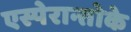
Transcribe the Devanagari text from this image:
एस्पेरान्तोके